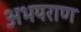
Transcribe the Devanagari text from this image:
अभयराण